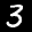
Label: 3